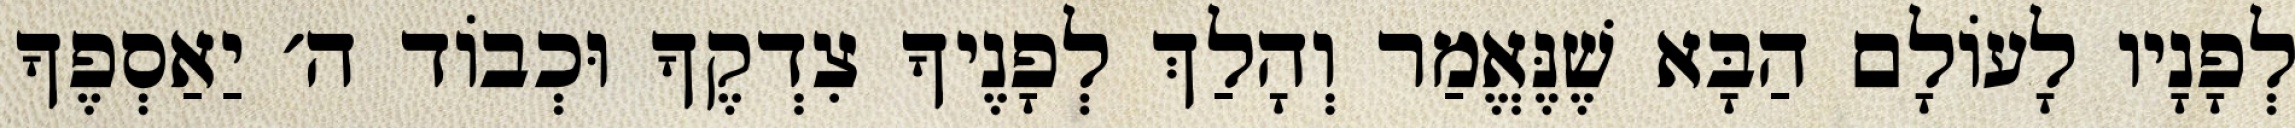
לְפָנָיו לָעוֹלָם הַבָּא שֶׁנֶּאֱמַר וְהָלַךְ לְפָנֶיךָ צִדְקֶךָ וּכְבוֹד ה׳ יַאַסְפֶךָ